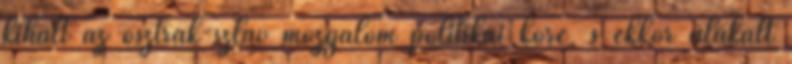
kihalt az osztrák-szláv mozgalom politikai köre, s ekkor alakult